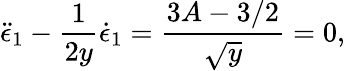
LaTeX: \ddot{\epsilon}_{1}-\frac{1}{2y}\dot{\epsilon}_{1}=\frac{3A-3/2}{\sqrt{y}}=0,